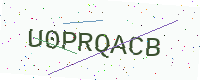
Text: U0PRQACB